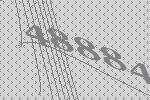
48884